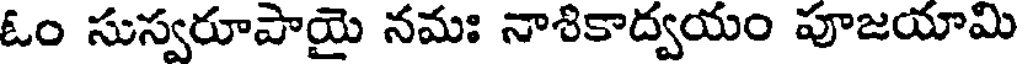
ఓం సుస్వరూపాయై నమః నాశికాద్వయం పూజయామి